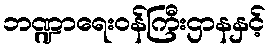
ဘဏ္ဍာရေးဝန်ကြီးဌာနနှင့်